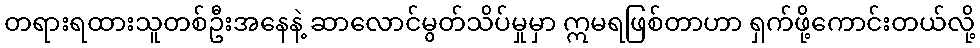
တရားရထားသူတစ်ဦးအနေနဲ့ ဆာလောင်မွတ်သိပ်မှုမှာ ဣမရဖြစ်တာဟာ ရှက်ဖို့ကောင်းတယ်လို့